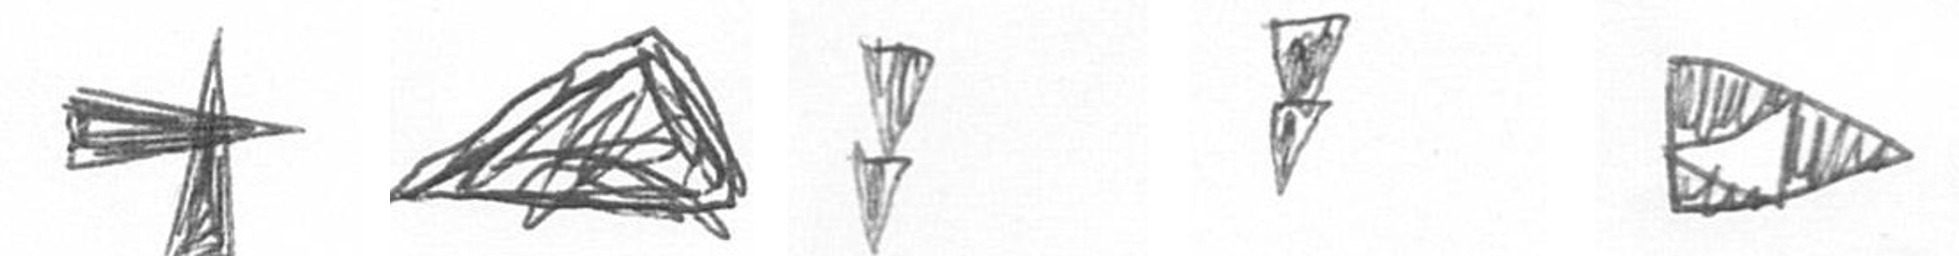
G O Z Z K